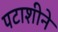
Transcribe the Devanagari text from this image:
पटाशीने